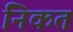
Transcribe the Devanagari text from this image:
निकत